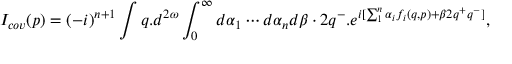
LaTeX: I _ { c o v } ( p ) = ( - i ) ^ { n + 1 } \int q . d ^ { 2 \omega } \int _ { 0 } ^ { \infty } d \alpha _ { 1 } \cdots d \alpha _ { n } d \beta \cdot 2 q ^ { - } . e ^ { i [ \sum _ { 1 } ^ { n } \alpha _ { i } f _ { i } ( q , p ) + \beta 2 q ^ { + } q ^ { - } ] } ,